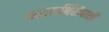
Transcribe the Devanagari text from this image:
कातळभिंतीपाशी